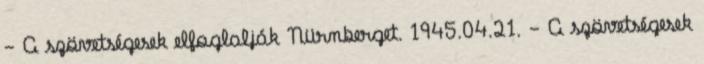
- A szövetségesek elfoglalják Nürnberget. 1945.04.21. - A szövetségesek